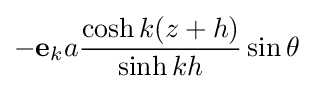
-\mathbf {e} _{k}a{\frac {\cosh k(z+h)}{\sinh kh}}\sin \theta